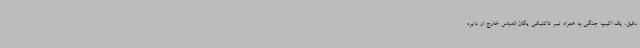
دقیق، یک اکیپ جنگی به همراه تیم تاکتیکی یگان العباس خارج از دایره